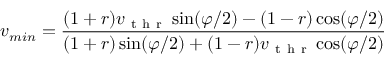
v _ { m i n } = \frac { ( 1 + r ) v _ { \mathrm { ~ t ~ h ~ r ~ } } \sin ( \varphi / 2 ) - ( 1 - r ) \cos ( \varphi / 2 ) } { ( 1 + r ) \sin ( \varphi / 2 ) + ( 1 - r ) v _ { \mathrm { ~ t ~ h ~ r ~ } } \cos ( \varphi / 2 ) }